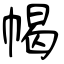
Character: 幆